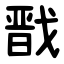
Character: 戬